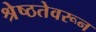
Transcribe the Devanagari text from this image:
श्रेष्ठतेवरून